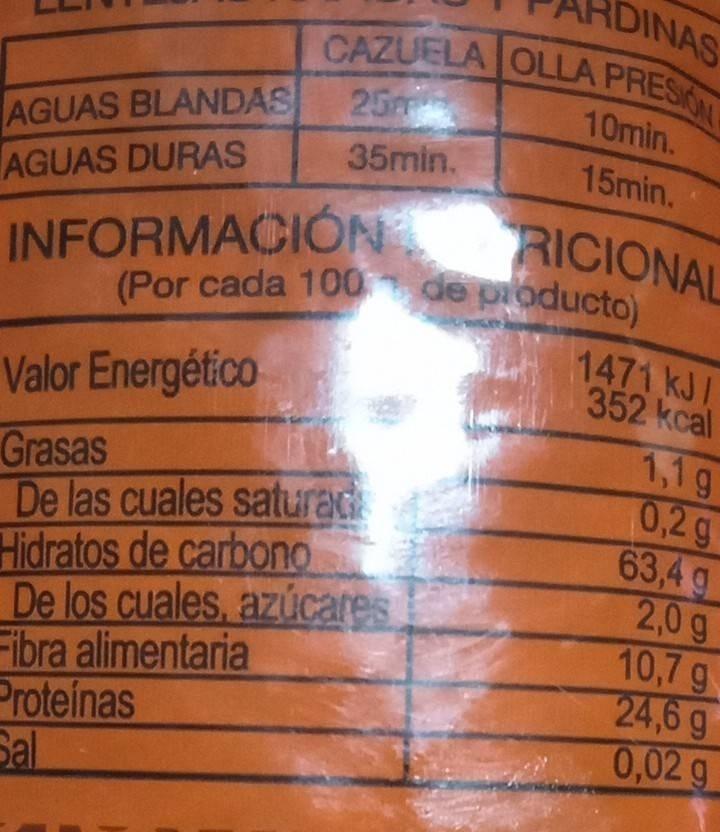
AGUAS BLANDAS
AGUAS DURAS
DINAS
CAZUELA OLLA PRESION
10min. 15min.
25m
35min.
INFORMACIÓN RICIONAL
(Por cada 100 de producto)
Valor Energético
Grasas
De las cuales saturad Hidratos de carbono
De los cuales, azúcares
Fibra alimentaria
Proteínas
Sal
1471 kJ/ 352 kcal
1,1g
0,2 g
63,4 g
2,0g
10,7 g
24,6 g
0,02 g